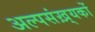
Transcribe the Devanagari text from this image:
अल्पसंख़्यकों